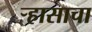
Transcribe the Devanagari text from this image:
र्‍हासाचा